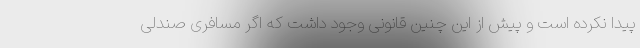
پیدا نکرده است و پیش از این چنین قانونی وجود داشت که اگر مسافری صندلی